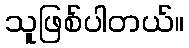
သူဖြစ်ပါတယ်။